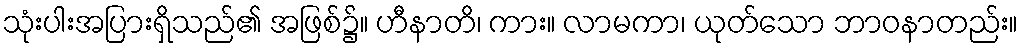
သုံးပါးအပြားရှိသည်၏ အဖြစ်၌။ ဟီနာတိ၊ ကား။ လာမကာ၊ ယုတ်သော ဘာဝနာတည်း။